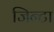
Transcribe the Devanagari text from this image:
जिन्टा